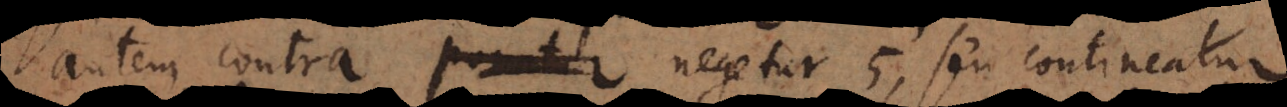
autem contra negetur 5, seu contineatur